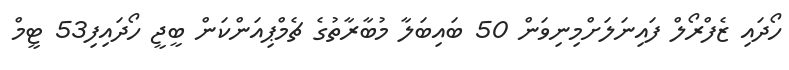
ހޯދައި ޒެފްރޯލް ފައިނަލަށްމިނިވަން 50 ބައިބަލާ މުބާރާތުގެ ޗެމްޕިއަންކަން ބީޖީ ހޯދައިފި53 ޓީމް